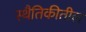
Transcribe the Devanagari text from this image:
स्थैतिकीतील